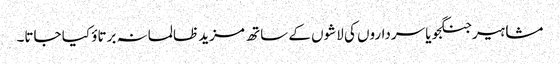
مشاہیر جنگجو یا سرداروں کی لاشوں کے ساتھ مزید ظالمانہ برتاؤ کیا جاتا۔